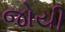
જોયી